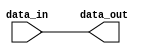
module io_compensated_buffer (
    input wire data_in,
    output reg data_out
);

// Input buffer logic
assign data_out = data_in;

endmodule